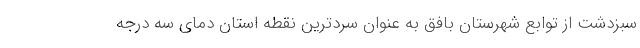
سبزدشت از توابع شهرستان بافق به عنوان سردترین نقطه استان دمای سه درجه